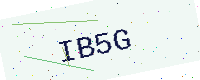
Text: IB5G